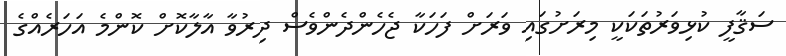
ސަޤާފީ ކުޅިވަރުތަކަކީ މިރަށުގައި ވަރަށް ފަހަކާ ޖެހެންދެންވެސް ދިރުވާ އާލާކޮށް ކޮންމެ އަހަރެއްގެ